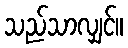
သည်သာလျှင်။